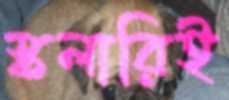
স্কলারিই